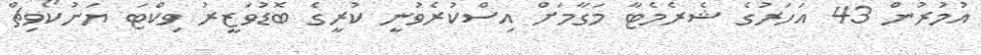
އުމުރުން 43 އަހަރުގެ ޝެރެމެޓާ މަގާމަށް އިސްކުރެވުނީ ކުރީގެ ބޮޑުވަޒީރު ވިކްޓަ ޔަނުކޯވިޗް